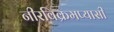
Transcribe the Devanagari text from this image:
नीरविक्रमप्यासी